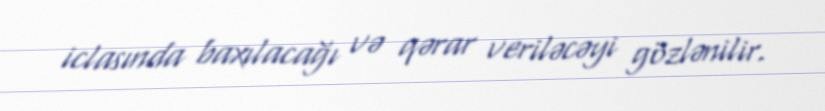
iclasında baxılacağı və qərar veriləcəyi gözlənilir.